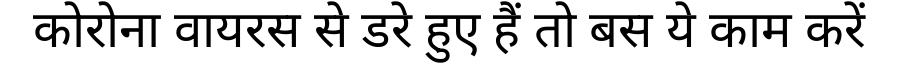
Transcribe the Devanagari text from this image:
कोरोना वायरस से डरे हुए हैं तो बस ये काम करें